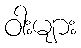
ဝါးများ